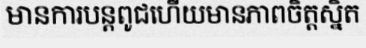
មានការបន្តពូជហើយមានភាពចិត្តស្និត